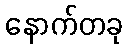
နောက်တခု